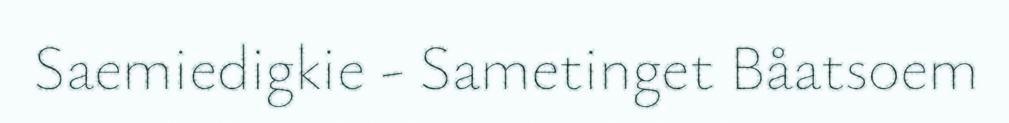
Saemiedigkie - Sametinget Båatsoem